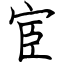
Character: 宦